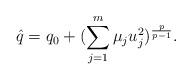
LaTeX: \begin{align*}\hat{q}=q_0+(\sum_{j=1}^m \mu_j u_j^{2})^\frac{p}{p-1}.\end{align*}